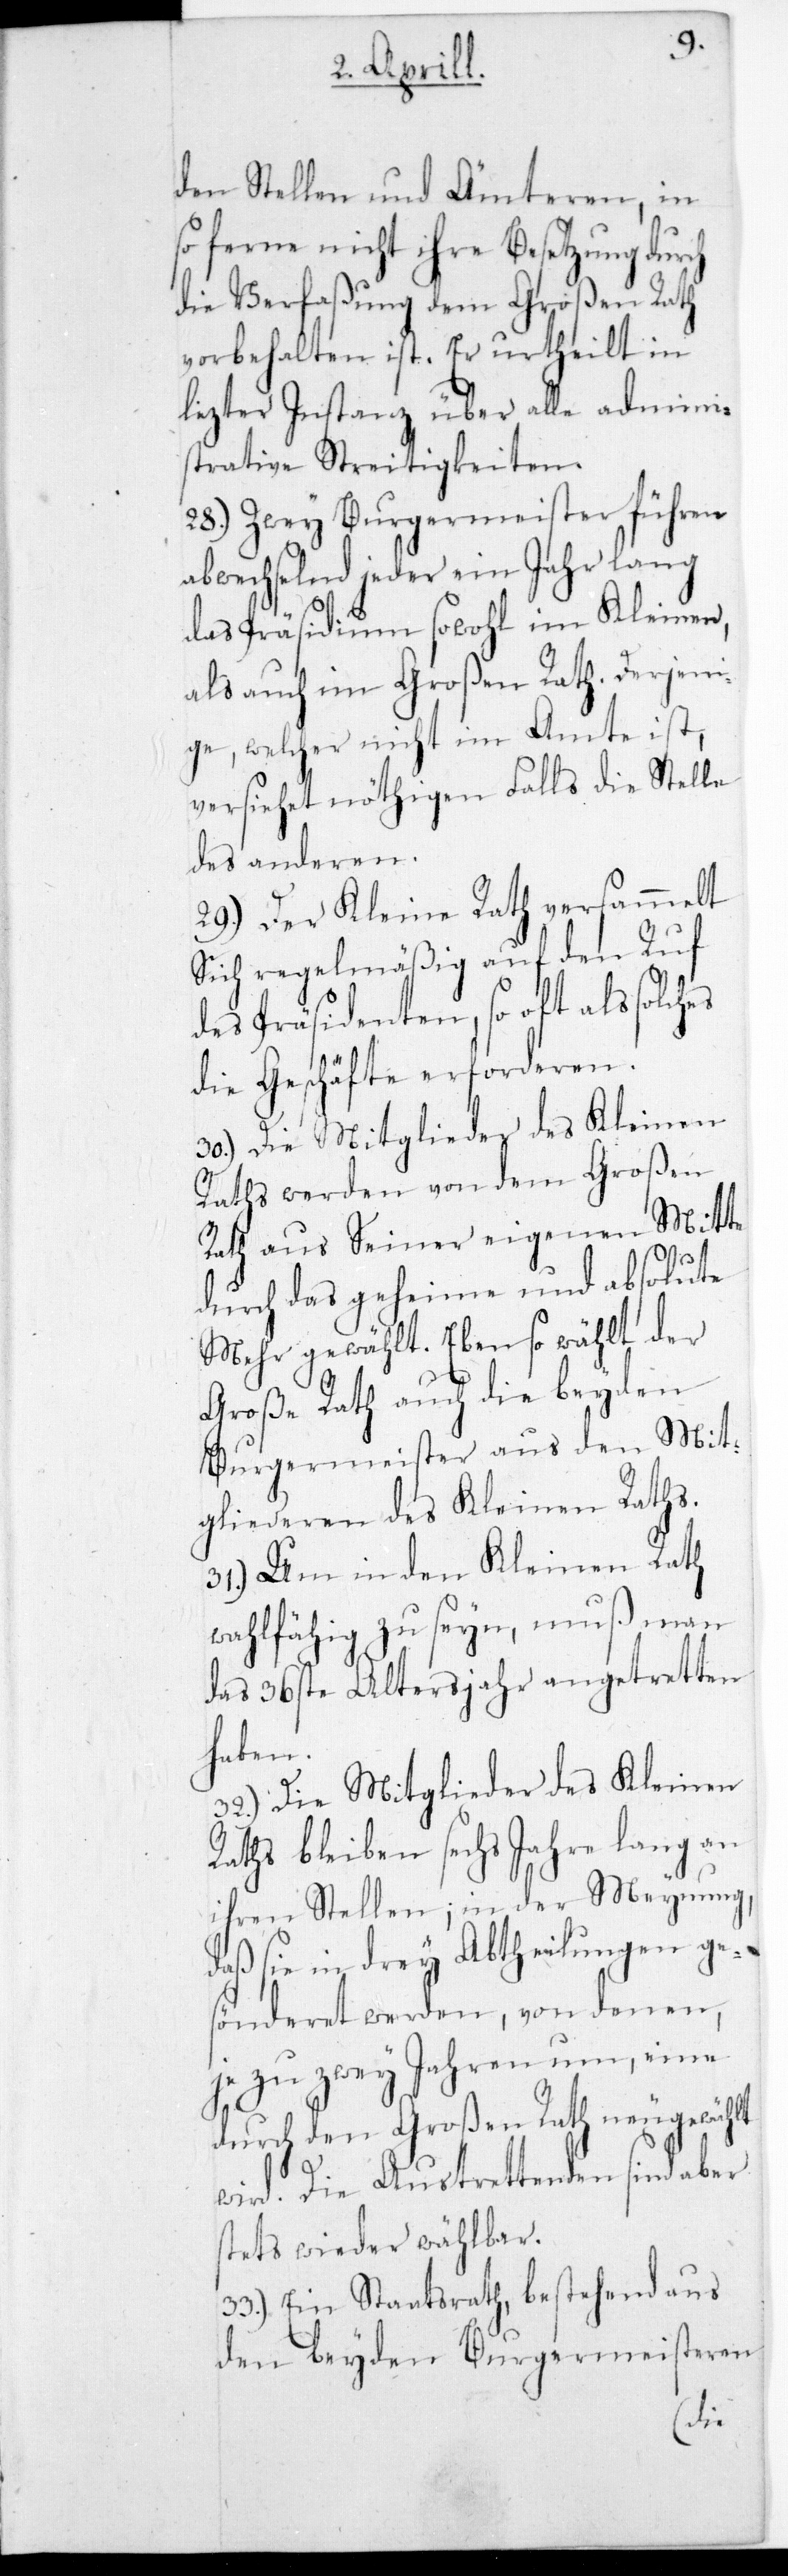
den Stellen und Ämteren, in
so ferne nicht ihre Besetzung durch
die Verfaßung dem Großen Rath
vorbehalten ist. Er urtheilt in
letzter Instanz über alle admini¬
strative Streitigkeiten.
28.) Zwey Burgermeister führen
abwechselnd jeder ein Jahr lang
das Präsidium sowohl im Kleinen
als auch im Großen Rath. Derjeni¬
ge welcher nicht im Amte ist,
versiehet nöthigen Falls die Stelle
des anderen.
29.) Der Kleine Rath versammelt
sich regelmäßig auf den Ruf
des Präsidenten, so oft als solches
die Geschäfte erforderen.
30.) Die Mitglieder des Kleinen
Raths werden von dem Großen
Rath aus Seiner eigenen Mitte
durch das geheime und absolute
Mehr gewählt. Ebenso wählt der
Große Rath auch die beyden
Burgermeister aus den Mit¬
gliederen des Kleinen Raths.
31.) Um in den Kleinen Rath
wahlfähig zu seyn, muß man
das 36ste Altersjahr angetretten
haben.
32.) Die Mitglieder des Kleinen
Raths bleiben sechs Jahre lang an
ihren Stellen; in der Meynung,
daß sie in drey Abtheilungen ges¬
önderet werden, von denen,
je zu zwey Jahren um, eine
durch den Großen Rath neugewählt
wird. Die Austrettenden sind aber
stets wieder wählbar.
33.) Ein Staatsrath, bestehend aus
den beyden Burgermeisteren